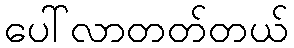
ပေါ်လာတတ်တယ်